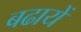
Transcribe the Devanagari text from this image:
बढायें